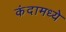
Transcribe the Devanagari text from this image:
कंदामध्ये